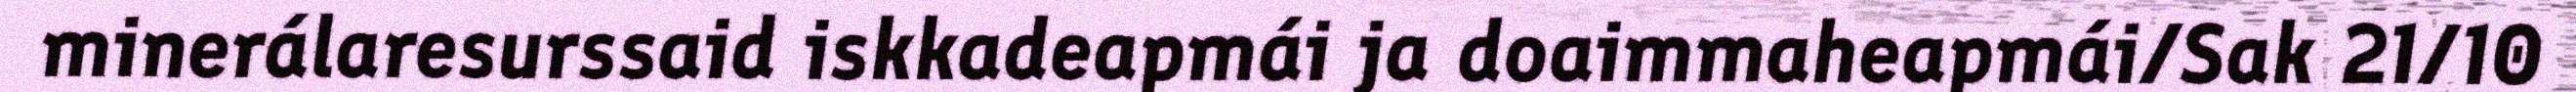
minerálaresurssaid iskkadeapmái ja doaimmaheapmái/Sak 21/10